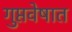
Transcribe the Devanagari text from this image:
गुप्तवेषात